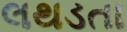
લથડતા